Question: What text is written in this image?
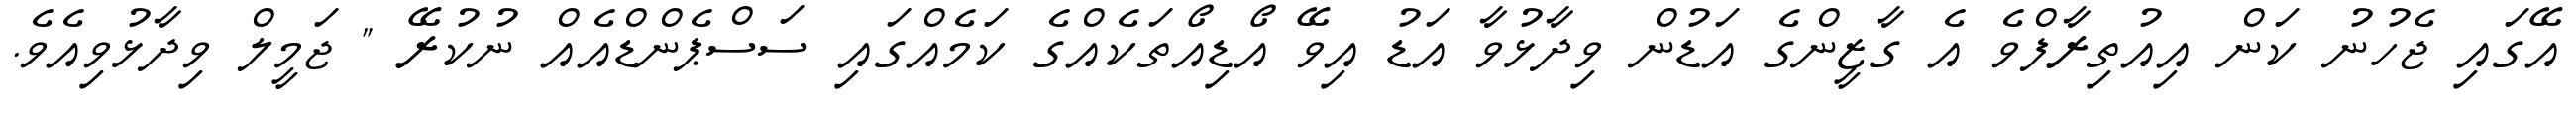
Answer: އޭގައި ޖެހުނު ކަން އިއުތިރާފްވެ އެ ގާޒީންގެ އަޑުން ވިދާޅުވާ އަޑު އިވޭ އޯޑިއޯތަކެއްގެ ކަމެއްގައި ސަސްޕެންޑްއެއް ނުކުރޭ " ޖަމީލް ވިދާޅުވިއެވެ.